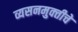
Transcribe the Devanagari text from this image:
व्यसनमुक्‍तीचे